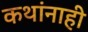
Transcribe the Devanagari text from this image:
कथांनाही